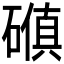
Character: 𪿰